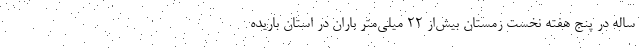
ساله در پنج هفته نخست زمستان بیش‌از ۲۲ میلی‌متر باران در استان باریده